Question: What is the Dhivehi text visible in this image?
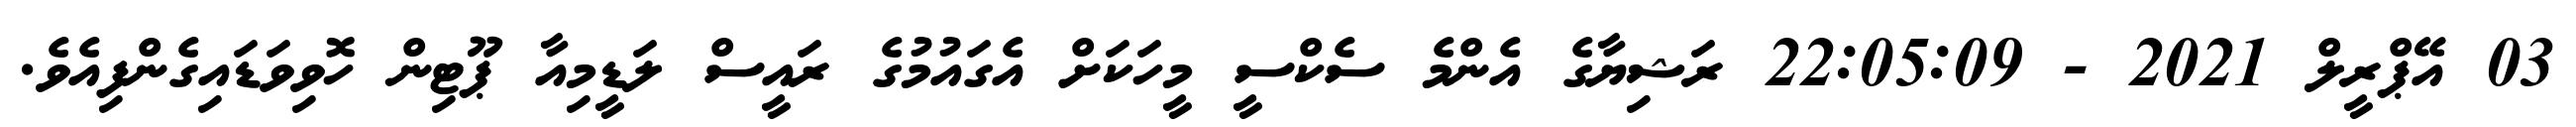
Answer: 03 އޭޕްރީލް 2021 - 22:05:09 ރަޝިޔާގެ އެންމެ ސެކްސީ މީހަކަށް އެގައުމުގެ ރައީސް ލަޑީމިއާ ޕޫޓިން ހޮވިވަޑައިގެންފިއެވެ.